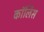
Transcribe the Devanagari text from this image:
कॉर्लिस